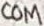
Text: COM